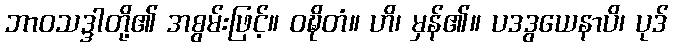
ဘာဝသဒ္ဒါတို့၏ အစွမ်းဖြင့်။ ဝဍ္ဎိတံ။ ဟိ၊ မှန်၏။ ပဒဒွယေနာပိ၊ ပုဒ်